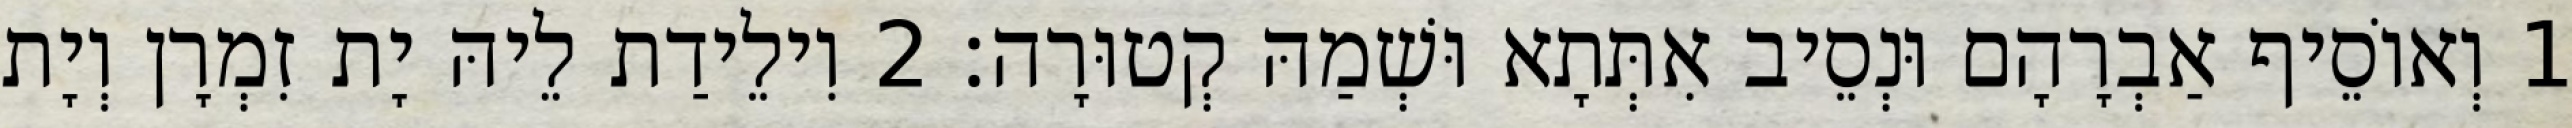
1 וְאוֹסֵיף אַבְרָהָם וּנְסֵיב אִתְּתָא וּשְׁמַהּ קְטוּרָה׃ 2 וִילֵידַת לֵיהּ יָת זִמְרָן וְיָת